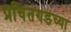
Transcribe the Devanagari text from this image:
प्रचितगडच्या